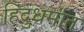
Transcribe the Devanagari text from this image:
हिंदुधर्मात